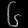
Digit: ၆